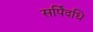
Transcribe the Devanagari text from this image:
सर्पिदधि